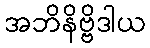
အဘိနိဗ္ဗိဒါယ